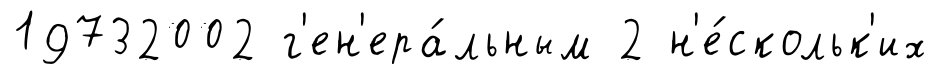
19732002 г'ен'ера́льным 2 н'е́скольк'их